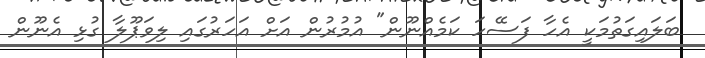
ބަލައިގަތުމަކީ އެހާ ފަސޭހަ ކަމެއްނޫން" އުމުރުން އަށް އަހަރުގައި ލިވަޕޫލާ ގުޅި އެނޫން